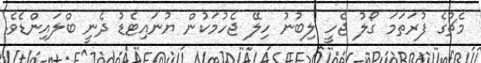
މެޗުގެ ފުރަތަމަ ގޯލު ޖެހީ ލިބުނު ހިލޭ ޖެހުމަކުން ޔުނައިޓެޑު ދެނީ ބްލައިންޑެވެ.